Report on plague and inoculation in the Punjab from October 1st ... to September 30th..., being the ... season of plague in the province
Disease focus: Plague
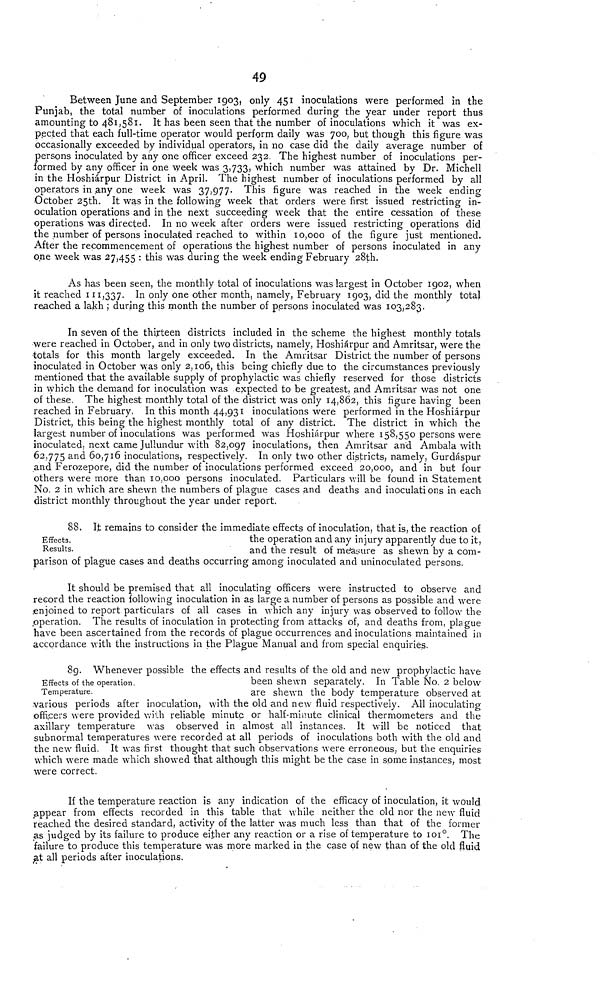
49
Between June and September 1903, only 451 inoculations were performed in the
Punjab, the total number of inoculations performed during the year under report thus
amounting to 481,581. It has been seen that the number of inoculations which it was ex-
pected that each full-time operator would perform daily was 700, but though this figure was
occasionally exceeded by individual operators, in no case did the daily average number of
persons inoculated by any one officer exceed 232. The highest number of inoculations per-
formed by any officer in one week was 3,733, which number was attained by Dr. Michell
in the Hoshiárpur District in April. The highest number of inoculations performed by all
operators in any one week was 37,977- This figure was reached in the week ending
October 25th. It was in the following week that orders were first issued restricting in-
oculation operations and in the next succeeding week that the entire cessation of these
operations was directed. In no week after orders were issued restricting operations did
the number of persons inoculated reached to within 10,000 of the figure just mentioned.
After the recommencement of operations the highest number of persons inoculated in any
one week was 27,455 : this was during the week ending February 28th.
As has been seen, the monthly total of inoculations was largest in October 1902, when
it reached 111,337- In only one other month, namely, February 1903, did the monthly total
reached a lakh ; during this month the number of persons inoculated was 103,283.
In seven of the thirteen districts included in the scheme the highest monthly totals
were reached in October, and in only two districts, namely, Hoshiárpur and Amritsar, were the
•totals for this month largely exceeded. In the Amritsar District the number of persons
inoculated in October was only 2,106, this being chiefly due to the circumstances previously
mentioned that the available supply of prophylactic was chiefly reserved for those districts
in which the demand for inoculation was expected to be greatest, and Amritsar was not one
of these. The highest monthly total of the district was only 14,862, this figure having been
reached in February, In this month 44,931 inoculations were performed in the Hoshiárpur
District, this being the highest monthly total of any district. The district in which the
largest number of inoculations was performed was Hoshiárpur where 158,550 persons were
inoculated, next came Jullundur with 82,097 inoculations, then Amritsar and Ambala with
62,775 and 60,716 inoculations, respectively. In only two other districts, namely, Gurdáspur
and Ferozepore, did the number of inoculations performed exceed 20,000, and in but four
others were more than 10,000 persons inoculated. Particulars will be found in Statement
No. 2 in which are shewn the numbers of plague cases and deaths and inoculations in each
district monthly throughout the year under report.
Effects.
Results.
88. It remains to consider the immediate effects of inoculation, that is, the reaction of
the operation and any injury apparently due to it,
and the result of measure as shewn by a com-
parison of plague cases and deaths occurring among inoculated and uninoculated persons.
It should be premised that all inoculating officers were instructed to observe and
record the reaction following inoculation in as large a number of persons as possible and were
.enjoined to report particulars of all cases in which any injury was observed to follow the
operation. The results of inoculation in protecting from attacks of, and deaths from, plague
have been ascertained from the records of plague occurrences and inoculations maintained in
accordance with the instructions in the Plague Manual and from special enquiries.
Effects of the operation.
Temperature.
89. Whenever possible the effects and results of the old and new prophylactic have-
been shewn separately. In Table No. 2 below
are shewn the body temperature observed at
various periods after inoculation, with the old and new fluid respectively. All inoculating
officers were provided with reliable minute or half-minute clinical thermometers and the
axillary temperature was observed in almost all instances. It will be noticed that
subnormal temperatures were recorded at all periods of inoculations both with the old and
the new fluid. It was first thought that such observations were erroneous, but the enquiries
which were made which showed that although this might be the case in some instances, most
were correct.
If the temperature reaction is any indication of the efficacy of inoculation, it would
appear from effects recorded in this table that while neither the old nor the new fluid
reached the desired standard, activity of the latter was much less than that of the former
as judged by its failure to produce either any reaction or a rise of temperature to 101 0 . The
failure to produce this temperature was more marked in the case of new than of the old fluid
at all periods after inoculations.